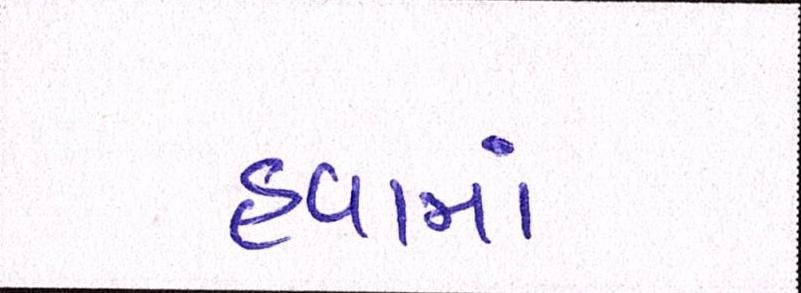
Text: હવામાં